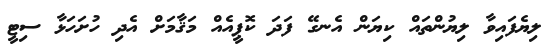
ލިޔެފައިވާ ލިޔުންތައް ކިޔަން އެނގޭ ފަދަ ކޮޕީއެއް މަޤާމަށް އެދި ހުށަހަޅާ ސިޓީ